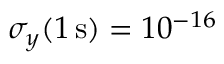
\sigma _ { y } ( 1 \, \mathrm { s } ) = 1 0 ^ { - 1 6 }